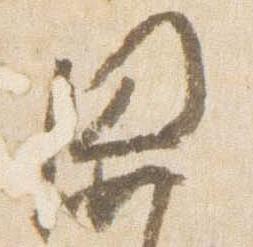
関